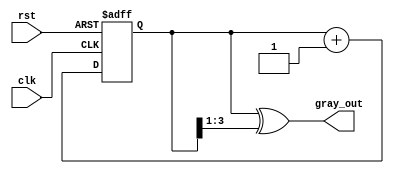
module gray_code_counter (
    input wire clk,           // Clock signal
    input wire rst,           // Asynchronous reset signal
    output reg [3:0] gray_out // 4-bit Gray code output
);

reg [3:0] bin_count; // 4-bit binary counter

// Gray code conversion from binary
function [3:0] binary_to_gray;
    input [3:0] binary;
    begin
        binary_to_gray = binary ^ (binary >> 1);
    end
endfunction

// Sequential logic for the counter
always @(posedge clk or posedge rst) begin
    if (rst) begin
        bin_count <= 4'b0000; // Initialize binary counter to zero
    end else begin
        bin_count <= bin_count + 1; // Increment binary counter
    end
end

// Update the Gray code output based on the binary count
always @(bin_count) begin
    gray_out <= binary_to_gray(bin_count); // Convert binary to Gray code
end

endmodule